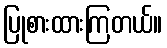
ပြုစားထားကြတယ်။